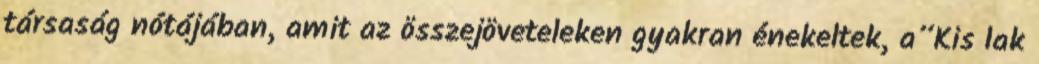
társaság nótájában, amit az összejöveteleken gyakran énekeltek, a”Kis lak